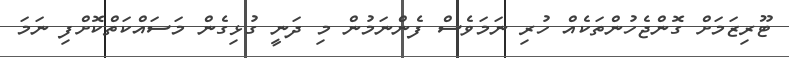
ޓޫރިޒަމަށް ގޮންޖެހުންތަކެއް ހުރި ނަމަވެސް ފެންނަމުން މި ދަނީ ގުޅިގެން މަސައްކަތްކޮށްފި ނަމަ